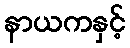
နာယကနှင့်